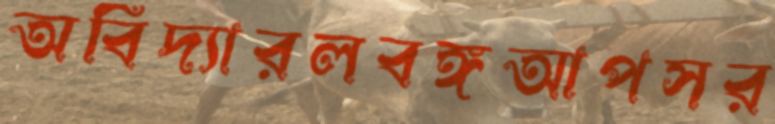
অবিদ্যারলবঙ্গআপসর